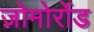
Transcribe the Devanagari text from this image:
ज़ोमोर्रोड